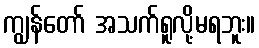
ကျွန်တော် အသက်ရူလို့မရဘူး။